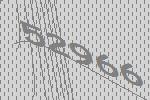
52966